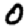
Digit: 0